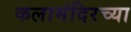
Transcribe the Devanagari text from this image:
कलामंदिरच्या